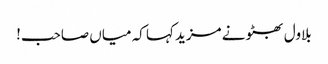
بلاول بھٹو نے مزید کہا کہ میاں صاحب!